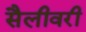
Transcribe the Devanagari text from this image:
सैलीवरी